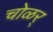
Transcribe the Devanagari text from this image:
चोळर्